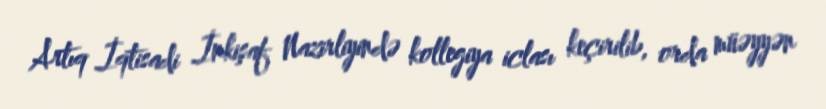
Artıq İqtisadi İnkişaf Nazirliyində kollegiya iclası keçirilib, orda müəyyən